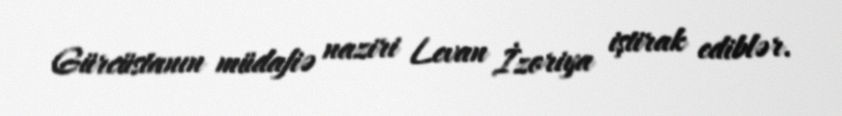
Gürcüstanın müdafiə naziri Levan İzoriya iştirak ediblər.